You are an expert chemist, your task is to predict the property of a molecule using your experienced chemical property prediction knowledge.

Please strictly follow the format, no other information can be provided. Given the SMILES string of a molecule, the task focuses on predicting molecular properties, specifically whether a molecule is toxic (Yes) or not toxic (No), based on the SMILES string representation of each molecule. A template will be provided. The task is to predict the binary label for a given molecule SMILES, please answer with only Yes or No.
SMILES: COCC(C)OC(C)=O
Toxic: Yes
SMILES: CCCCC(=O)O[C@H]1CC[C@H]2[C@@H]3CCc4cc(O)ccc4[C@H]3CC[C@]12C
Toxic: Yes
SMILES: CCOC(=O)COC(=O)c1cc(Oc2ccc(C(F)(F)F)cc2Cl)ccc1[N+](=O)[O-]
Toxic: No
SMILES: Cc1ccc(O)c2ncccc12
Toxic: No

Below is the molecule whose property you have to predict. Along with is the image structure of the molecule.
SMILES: CCCC(=O)OCCc1ccccc1
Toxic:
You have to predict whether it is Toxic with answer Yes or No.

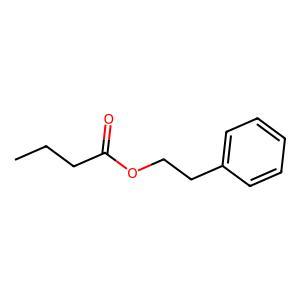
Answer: No